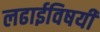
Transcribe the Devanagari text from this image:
लढाईविषयी